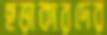
ছড়াকারদের